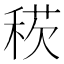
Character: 𥟕